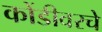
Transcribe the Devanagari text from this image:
कोंडीवरचे